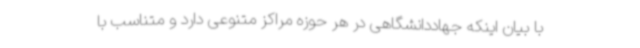
با بیان اینکه جهاددانشگاهی در هر حوزه مراکز متنوعی دارد و متناسب با